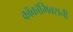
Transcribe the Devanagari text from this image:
काॅकॉमिक्सनी